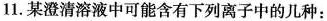
11.某澄清溶液中可能含有下列离子中的几种：